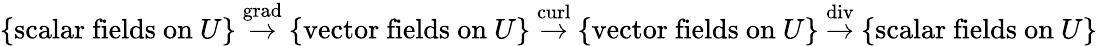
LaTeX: \{ {\mathrm{scalar~fields~on~}}U\} ~{\overset{\operatorname{grad}}{\rightarrow}}~\{ {\mathrm{vector~fields~on~}}U\} ~{\overset{\operatorname{curl}}{\rightarrow}}~\{ {\mathrm{vector~fields~on~}}U\} ~{\overset{\operatorname{div}}{\rightarrow}}~\{ {\mathrm{scalar~fields~on~}}U\}